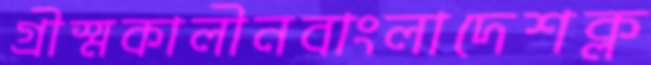
গ্রীস্মকালীনবাংলাদেশক্ল